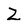
Character: Z